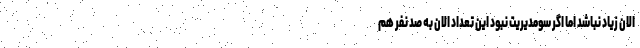
الان زیاد نباشد اما اگر سومدیریت نبود این تعداد الان به صد نفر هم